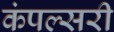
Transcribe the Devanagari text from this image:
कंपल्सरी